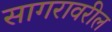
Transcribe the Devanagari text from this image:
सागरावरील